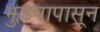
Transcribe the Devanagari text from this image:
झुडपापासून